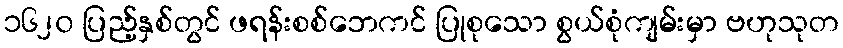
၁၆၂၀ ပြည့်နှစ်တွင် ဖရန်းစစ်ဘေကင် ပြုစုသော စွယ်စုံကျမ်းမှာ ဗဟုသုတ